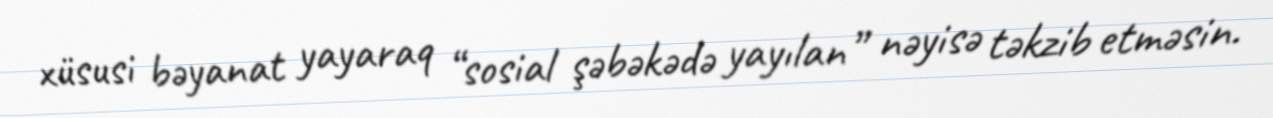
xüsusi bəyanat yayaraq “sosial şəbəkədə yayılan” nəyisə təkzib etməsin.